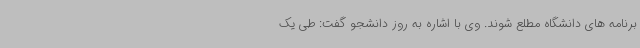
برنامه های دانشگاه مطلع شوند. وی با اشاره به روز دانشجو گفت: طی یک